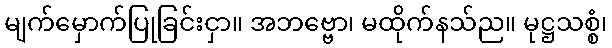
မျက်မှောက်ပြုခြင်းငှာ။ အဘဗ္ဗော၊ မထိုက်နသ်ည။ မုဋ္ဌသစ္စံ၊